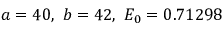
a = 4 0 , \ b = 4 2 , \ E _ { 0 } = 0 . 7 1 2 9 8